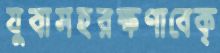
যুবাসহরক্ষণাবেক্